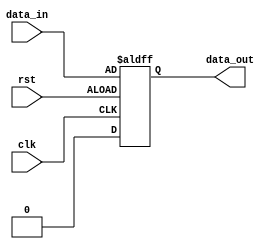
module timing_control_and_sync (
    input wire clk,
    input wire rst,
    input wire data_in,
    output wire data_out
);

reg data_in_reg;

always @(posedge clk or negedge rst) begin
    if (rst) begin
        data_in_reg <= 0;
    end else begin
        data_in_reg <= data_in;
    end
end

assign data_out = data_in_reg;

endmodule